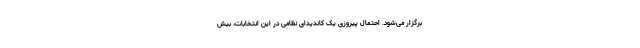
برگزار می‌شود. احتمال پیروزی یک کاندیدای نظامی در این انتخابات، بیش